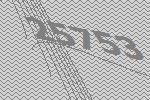
25753